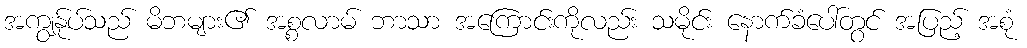
အကျွန်ုပ်သည် မိဘများ၏ အစ္စလာမ် ဘာသာ အကြောင်းကိုလည်း သမိုင်း နောက်ခံပေါ်တွင် အပြည့် အစုံ